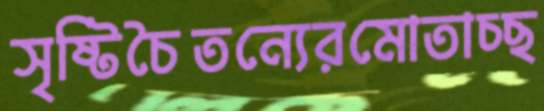
সৃষ্টিচৈতন্যেরমোতাচ্ছ